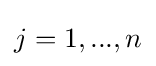
j=1,...,n